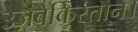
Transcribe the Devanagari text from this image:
उज़बेकिस्तान।